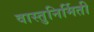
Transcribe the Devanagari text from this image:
वास्तुनिर्मिती